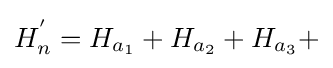
H_{n}^{'}=H_{a_{1}}+H_{a_{2}}+H_{a_{3}}+